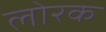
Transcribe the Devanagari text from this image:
लोरक